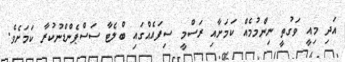
އަދި މިއީ ވަގުތީ ނިންމުމެއް ކަމަށާއި ރަސްމީ ސިފައެއްގައި ބްލެޓާ ސަސްޕެންޑްނުކުރާ ކަމަށެވެ.